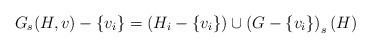
LaTeX: \begin{align*}G_s(H,v) - \{v_i\}=\left( H_i - \{v_i\}\right) \cup \left(G - \{v_i\}\right)_s(H)\end{align*}